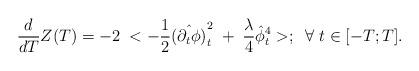
LaTeX: \begin{align*}{d\over dT}Z(T)=-2\; <-{1\over 2}\hat {(\partial_{t}\phi)}_t^2\;+\;{\lambda\over 4}\hat \phi^4_t>;\;\;\forall\;t\in [-T;T].\end{align*}